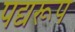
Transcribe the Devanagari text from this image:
पद्यरूप